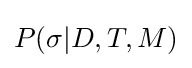
P(\sigma |D,T,M)